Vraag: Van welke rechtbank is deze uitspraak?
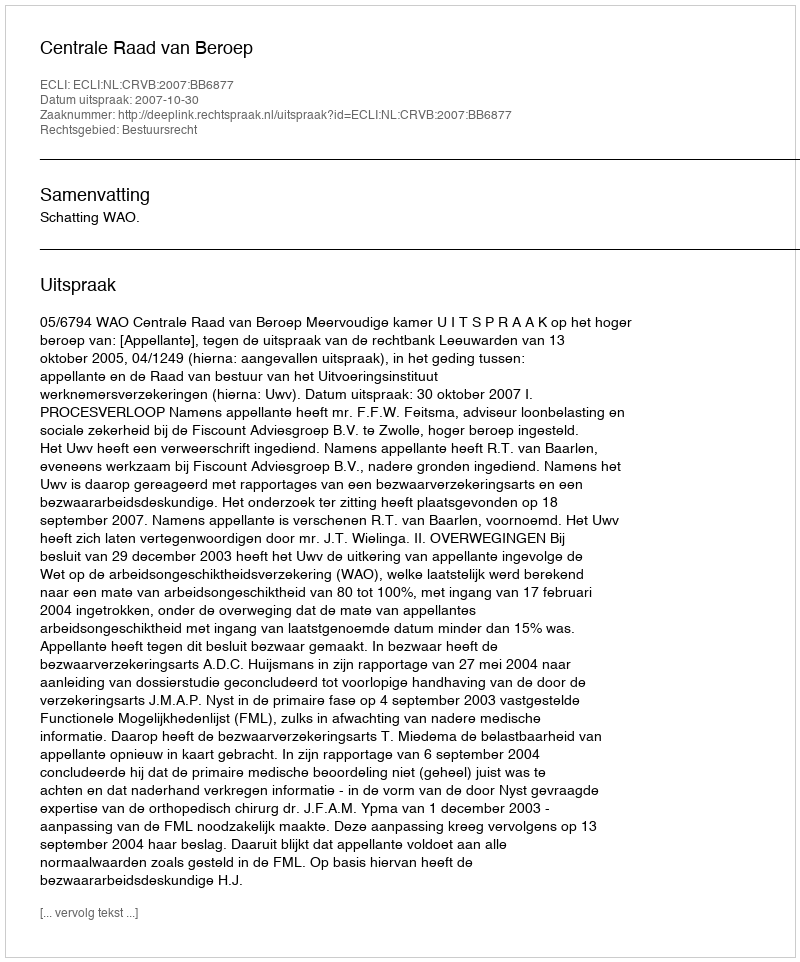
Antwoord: Centrale Raad van Beroep